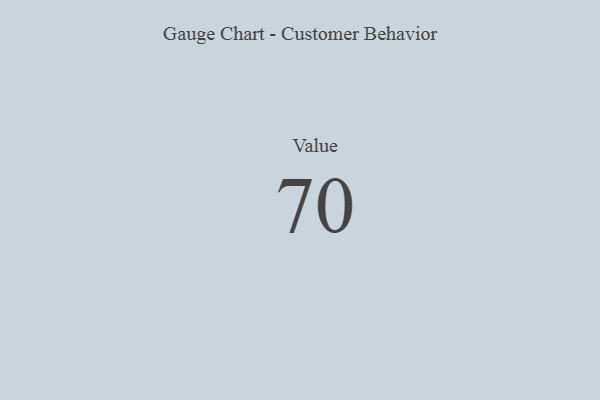
{"axis": {"x": "Metric", "y": "Value"}, "legend": [""], "data": [{"x": "Value", "y": 70, "type": ""}]}